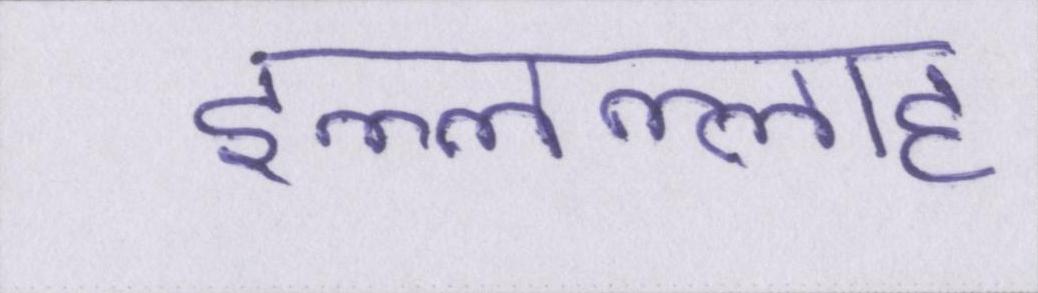
इल्लल्लाह